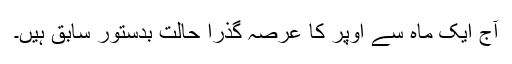
آج ایک ماہ سے اوپر کا عرصہ گذرا حالت بدستور سابق ہیں۔